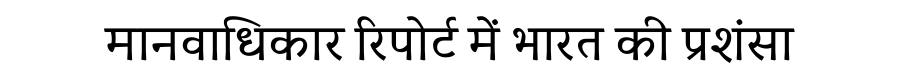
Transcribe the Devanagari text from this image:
मानवाधिकार रिपोर्ट में भारत की प्रशंसा